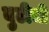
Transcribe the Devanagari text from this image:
बुटीची